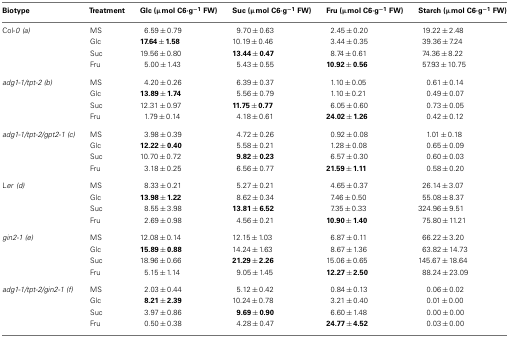
<table><thead><tr><td><b>Biotype</b></td><td><b>Treatment</b></td><td><b>Glc (μmol C6·g<sup>−1</sup> FW)</b></td><td><b>Suc (μmol C6·g<sup>−1</sup> FW)</b></td><td><b>Fru (μmol C6·g<sup>−1</sup> FW)</b></td><td><b>Starch (μmol C6·g<sup>−1</sup> FW)</b></td></tr></thead><tbody><tr><td>Col-<i>0</i><i>(a)</i></td><td>MS</td><td>6.59 ± 0.79</td><td>9.70 ± 0.63</td><td>2.45 ± 0.20</td><td>19.22 ± 2.48</td></tr><tr><td></td><td>Glc</td><td><b>17.64 ± 1.58</b></td><td>10.19 ± 0.46</td><td>3.44 ± 0.35</td><td>39.36 ± 7.24</td></tr><tr><td></td><td>Suc</td><td>19.56 ± 0.80</td><td><b>13.44 ± 0.47</b></td><td>8.74 ± 0.61</td><td>74.36 ± 8.22</td></tr><tr><td></td><td>Fru</td><td>5.00 ± 1.43</td><td>5.43 ± 0.55</td><td><b>10.92 ± 0.56</b></td><td>57.93 ± 10.75</td></tr><tr><td><i>adg1-1/tpt-2 (b)</i></td><td>MS</td><td>4.20 ± 0.26</td><td>6.39 ± 0.37</td><td>1.10 ± 0.05</td><td>0.61 ± 0.14</td></tr><tr><td></td><td>Glc</td><td><b>13.89 ± 1.74</b></td><td>5.56 ± 0.79</td><td>1.10 ± 0.21</td><td>0.49 ± 0.07</td></tr><tr><td></td><td>Suc</td><td>12.31 ± 0.97</td><td><b>11.75 ± 0.77</b></td><td>6.05 ± 0.60</td><td>0.73 ± 0.05</td></tr><tr><td></td><td>Fru</td><td>1.79 ± 0.14</td><td>4.18 ± 0.61</td><td><b>24.02 ± 1.26</b></td><td>0.42 ± 0.12</td></tr><tr><td><i>adg1-1/tpt-2/gpt2-1 (c)</i></td><td>MS</td><td>3.98 ± 0.39</td><td>4.72 ± 0.26</td><td>0.92 ± 0.08</td><td>1.01 ± 0.18</td></tr><tr><td></td><td>Glc</td><td><b>12.22 ± 0.40</b></td><td>5.58 ± 0.21</td><td>1.28 ± 0.08</td><td>0.65 ± 0.09</td></tr><tr><td></td><td>Suc</td><td>10.70 ± 0.72</td><td><b>9.82 ± 0.23</b></td><td>6.57 ± 0.30</td><td>0.60 ± 0.03</td></tr><tr><td></td><td>Fru</td><td>3.18 ± 0.25</td><td>6.56 ± 0.77</td><td><b>21.59 ± 1.11</b></td><td>0.58 ± 0.20</td></tr><tr><td>L<i>er</i><i>(d)</i></td><td>MS</td><td>8.33 ± 0.21</td><td>5.27 ± 0.21</td><td>4.65 ± 0.37</td><td>26.14 ± 3.07</td></tr><tr><td></td><td>Glc</td><td><b>13.98 ± 1.22</b></td><td>8.62 ± 0.34</td><td>7.46 ± 0.50</td><td>55.08 ± 8.37</td></tr><tr><td></td><td>Suc</td><td>8.55 ± 3.98</td><td><b>13.81 ± 6.52</b></td><td>7.35 ± 0.33</td><td>324.96 ± 9.51</td></tr><tr><td></td><td>Fru</td><td>2.69 ± 0.98</td><td>4.56 ± 0.21</td><td><b>10.90 ± 1.40</b></td><td>75.80 ± 11.21</td></tr><tr><td><i>gin2-1 (e)</i></td><td>MS</td><td>12.08 ± 0.14</td><td>12.15 ± 1.03</td><td>6.87 ± 0.11</td><td>66.22 ± 3.20</td></tr><tr><td></td><td>Glc</td><td><b>15.89 ± 0.88</b></td><td>14.24 ± 1.63</td><td>8.67 ± 1.36</td><td>63.82 ± 14.73</td></tr><tr><td></td><td>Suc</td><td>18.96 ± 0.66</td><td><b>21.29 ± 2.26</b></td><td>15.06 ± 0.65</td><td>145.67 ± 18.64</td></tr><tr><td></td><td>Fru</td><td>5.15 ± 1.14</td><td>9.05 ± 1.45</td><td><b>12.27 ± 2.50</b></td><td>88.24 ± 23.09</td></tr><tr><td><i>adg1-1/tpt-2/gin2-1 (f)</i></td><td>MS</td><td>2.03 ± 0.44</td><td>5.12 ± 0.42</td><td>0.84 ± 0.13</td><td>0.06 ± 0.02</td></tr><tr><td></td><td>Glc</td><td><b>8.21 ± 2.39</b></td><td>10.24 ± 0.78</td><td>3.21 ± 0.40</td><td>0.01 ± 0.00</td></tr><tr><td></td><td>Suc</td><td>3.97 ± 0.86</td><td><b>9.69 ± 0.90</b></td><td>6.60 ± 1.48</td><td>0.00 ± 0.00</td></tr><tr><td></td><td>Fru</td><td>0.50 ± 0.38</td><td>4.28 ± 0.47</td><td><b>24.77 ± 4.52</b></td><td>0.03 ± 0.00</td></tr></tbody></table>